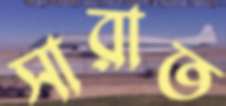
সারাত